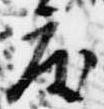
度